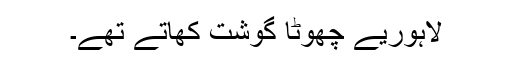
لاہوریے چھوٹا گوشت کھاتے تھے۔